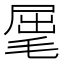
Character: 𣮈